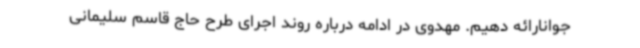
جوانارائه دهیم. مهدوی در ادامه درباره روند اجرای طرح حاج قاسم سلیمانی